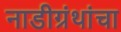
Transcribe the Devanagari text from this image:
नाडीग्रंथांचा